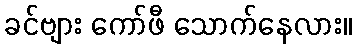
ခင်ဗျား ကော်ဖီ သောက်နေလား။